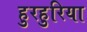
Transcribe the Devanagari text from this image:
हुरहुरिया